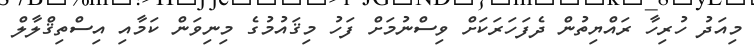
މިއަދު ހުރިހާ ރައްޔިތުން ދެފަހަރަކަށް ވިސްނުމަށް ފަހު މިޤައުމުގެ މިނިވަން ކަމާއި އިސްތިޤްލާލް